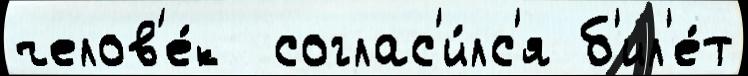
челов'е́к  соглас'и́лс'я б'ил'е́т